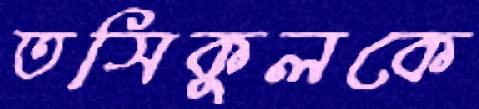
তসিকুলকে